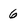
Character: 6